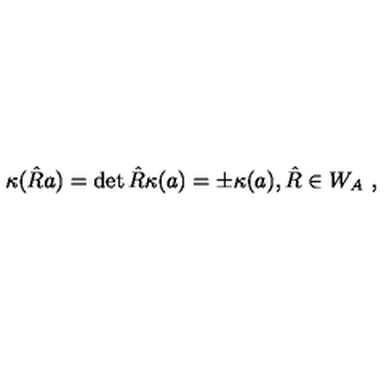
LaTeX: \kappa ( \hat { R } a ) = \det { \hat { R } } \kappa ( a ) = \pm \kappa ( a ) , \hat { R } \in W _ { A } \ ,